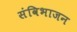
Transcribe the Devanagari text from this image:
संविभाजन